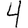
Digit: 4